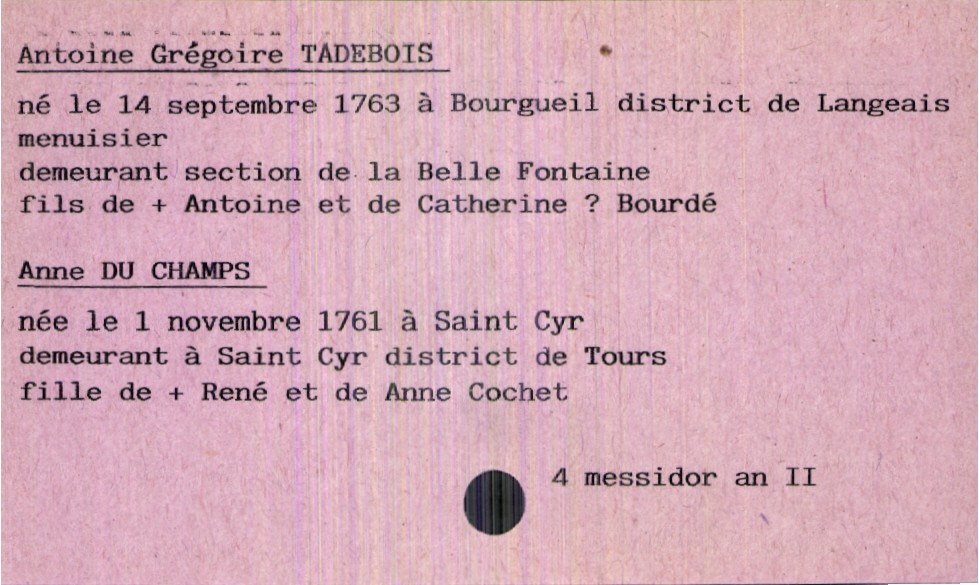
type_acte: Mariage
année: an II
mois: messidor
jour: 4
marié_nom: Tadebois
marié_prénom: Antoine Grégoire
marié_profession: menuisier
marié_lieu_de_vie: section de la Belle Fontaine
marié_date_de_naissance: 14 septembre 1763
marié_lieu_de_naissance: Bourgueil district de Langeais
père_marié_nom: Tadebois
père_marié_prénom: Antoine
père_marié_statut: décédé
mère_marié_nom: Bourdé
mère_marié_prénom: Catherine
mariée_nom: Du Champs
mariée_prénom: Anne
mariée_lieu_de_vie: Saint Cyr district de Tours
mariée_date_de_naissance: 1 novembre 1761
mariée_lieu_de_naissance: Saint Cyr
père_mariée_nom: Du Champs
père_mariée_prénom: René
père_mariée_statut: décédé
mère_mariée_nom: Cochet
mère_mariée_prénom: Anne